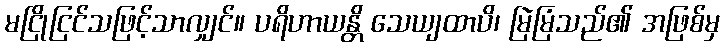
မငြိုငြင်သဖြင့်သာလျှင်။ ပရိဟာယန္တိ သေယျထာပိ၊ မြဲမြံသည်၏ အဖြစ်မှ